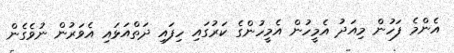
އެންމެ ފަހުން މިއަދު އެމީހުން އެމީހުންގެ ކަރުގައި ހިފައި ދަތްއަޅައި އެވަރުން ނުވެގެން